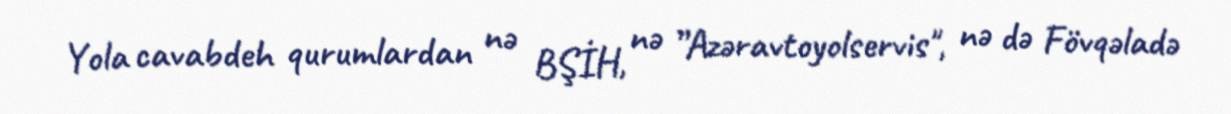
Yola cavabdeh qurumlardan nə BŞİH, nə ”Azəravtoyolservis", nə də Fövqəladə